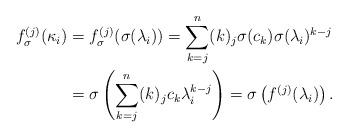
LaTeX: \begin{align*}f_{\sigma}^{(j)}(\kappa_i) & = f_{\sigma}^{(j)}( \sigma(\lambda_i)) = \sum_{k=j}^n (k)_j \sigma( c_k) \sigma(\lambda_i)^{k-j} \\& = \sigma\left( \sum_{k=j}^n (k)_j c_k \lambda_i^{k-j} \right) = \sigma\left( f^{(j)} (\lambda_i) \right).\end{align*}